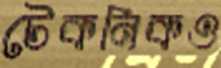
টেকনিকও